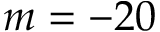
m = - 2 0